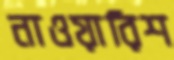
নাওয়ারিশ